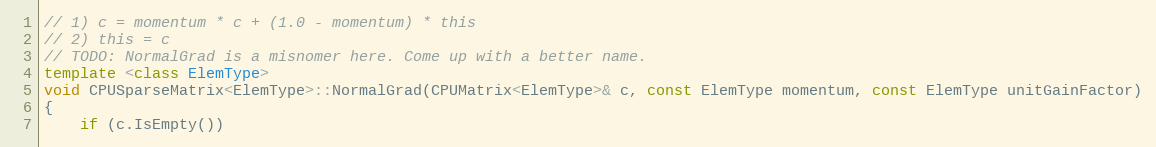
Language: C++
// 1) c = momentum * c + (1.0 - momentum) * this
// 2) this = c
// TODO: NormalGrad is a misnomer here. Come up with a better name.
template <class ElemType>
void CPUSparseMatrix<ElemType>::NormalGrad(CPUMatrix<ElemType>& c, const ElemType momentum, const ElemType unitGainFactor)
{
    if (c.IsEmpty())